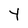
Character: Y